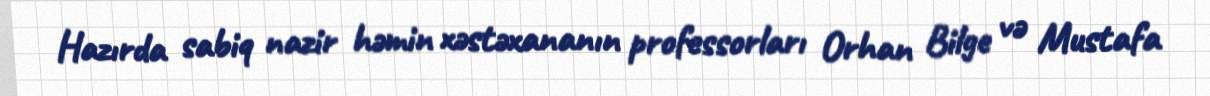
Hazırda sabiq nazir həmin xəstəxananın professorları Orhan Bilge və Mustafa